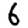
Digit: 6